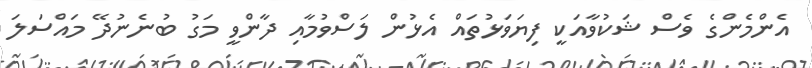
އެންމެންގެ ވެސް ޝަކުވާއަކީ ފިޔަވަޅުތައް އެޅުން ލަސްވުމާއި ދާންވީ މަގު ބުނެނުދޭ މައްސަލަ